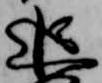
追